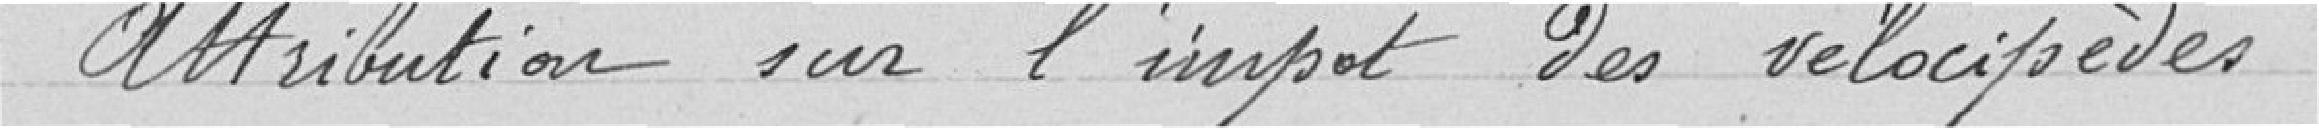
Attribution sur l'impôt des vélocipèdes